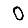
Digit: 0